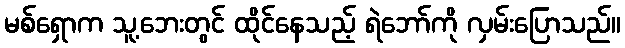
မစ်ရှောက သူ့ဘေးတွင် ထိုင်နေသည့် ရဲဘော်ကို လှမ်းပြောသည်။